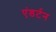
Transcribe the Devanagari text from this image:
एंडर्टन